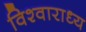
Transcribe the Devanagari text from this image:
विश्वाराध्य